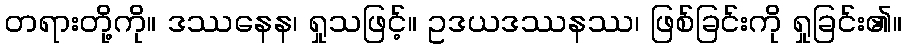
တရားတို့ကို။ ဒဿနေန၊ ရှုသဖြင့်။ ဥဒယဒဿနဿ၊ ဖြစ်ခြင်းကို ရှုခြင်း၏။